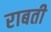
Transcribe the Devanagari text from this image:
राबती